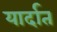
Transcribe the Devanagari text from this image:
यार्दात